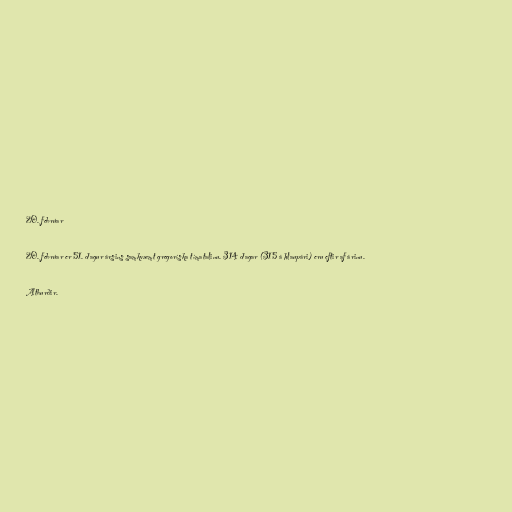
20. febrúar

20. febrúar er 51. dagur ársins samkvæmt gregoríska tímatalinu. 314 dagar (315 á hlaupári) eru eftir af árinu.

Atburðir.